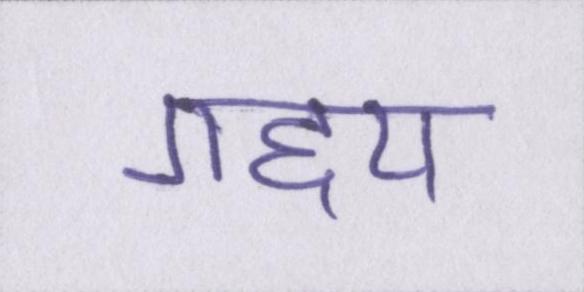
गद्द्य